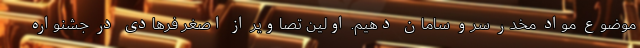
موضوع مواد مخدر سرو سامان دهیم. اولین تصاویر از اصغر فرهادی در جشنواره